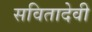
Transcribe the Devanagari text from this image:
सवितादेवी